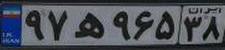
۹۷ه۹۶۵۳۸